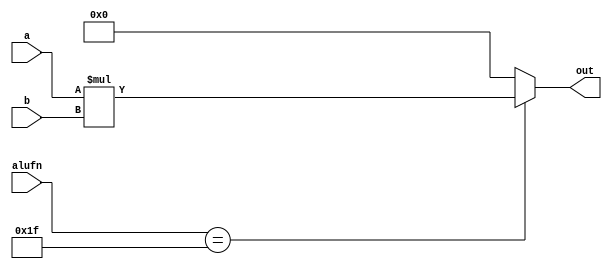
module multiply16_14 (
    input [15:0] a,
    input [15:0] b,
    input [4:0] alufn,
    output reg [15:0] out
  );
  
  
  
  always @* begin
    out = 1'h0;
    
    case (alufn)
      5'h1f: begin
        out = a * b;
      end
    endcase
  end
endmodule